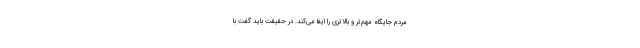
مردم جایگاه مهم‌تر و بالاتری را ایفا می‌کند. در حقیقت باید گفت با